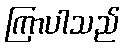
ကြာပါသည်